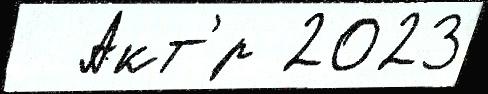
  Акт'́р 2023